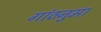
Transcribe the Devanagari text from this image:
गांठनुमा